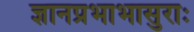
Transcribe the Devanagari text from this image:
ज्ञानप्रभाभासुराः